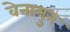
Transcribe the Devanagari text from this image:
वेनामुन